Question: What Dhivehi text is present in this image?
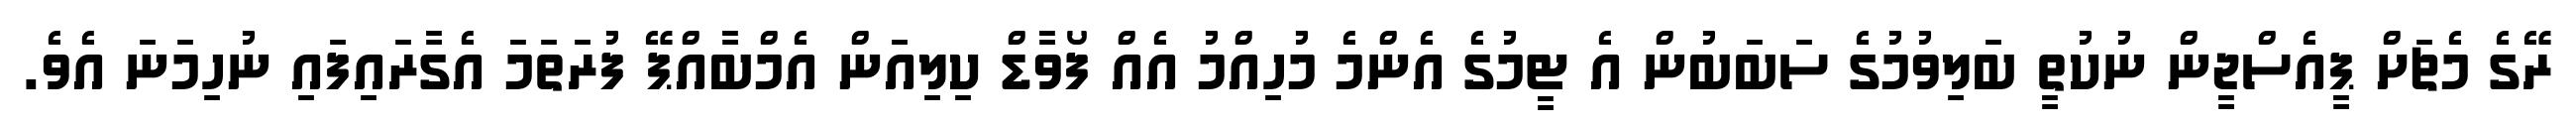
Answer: ރޭގެ މެޗަށް ޕީއެސްޖީން ނުކުތީ ބަލިވުމުގެ ސަބަބުން އެ ޓީމުގެ އެންމެ މުހިއްމު އެއް ފޯވާޑް ކިލިއަން އެމްބާއްޕޭ ފުރަތަމަ އެގާރައިފައި ނުހިމަނަ އެވެ.